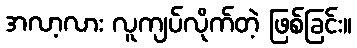
အလာ့လား လူကျပ်လိုက်တဲ့ ဖြစ်ခြင်း။